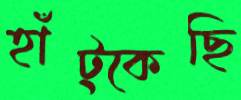
হাঁট্‌কেছি